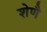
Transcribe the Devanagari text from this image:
शेणै